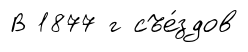
В 1877 г съе́здов